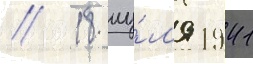
// 18 иу́л'я 1941